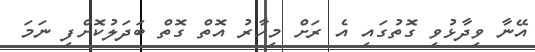
އޭނާ ވިދާޅުވި ގޮތުގައި އެ ރަށް މިހާރު އޮތް ގޮތް ބަދަލުކޮށްފި ނަމަ